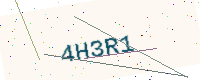
Text: 4H3R1